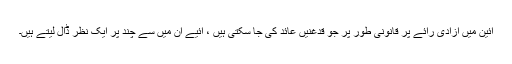
آئین میں آزادی رائے پر قانونی طور پر جو قدغنیں عائد کی جا سکتی ہیں ، آئیے ان میں سے چند پر ایک نظر ڈال لیتے ہیں۔